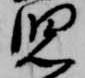
児